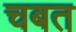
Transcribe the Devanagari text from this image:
चबत